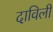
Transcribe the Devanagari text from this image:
दाविलीं